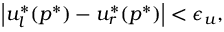
\left| u _ { l } ^ { * } ( p ^ { * } ) - u _ { r } ^ { * } ( p ^ { * } ) \right| < \epsilon _ { u } ,